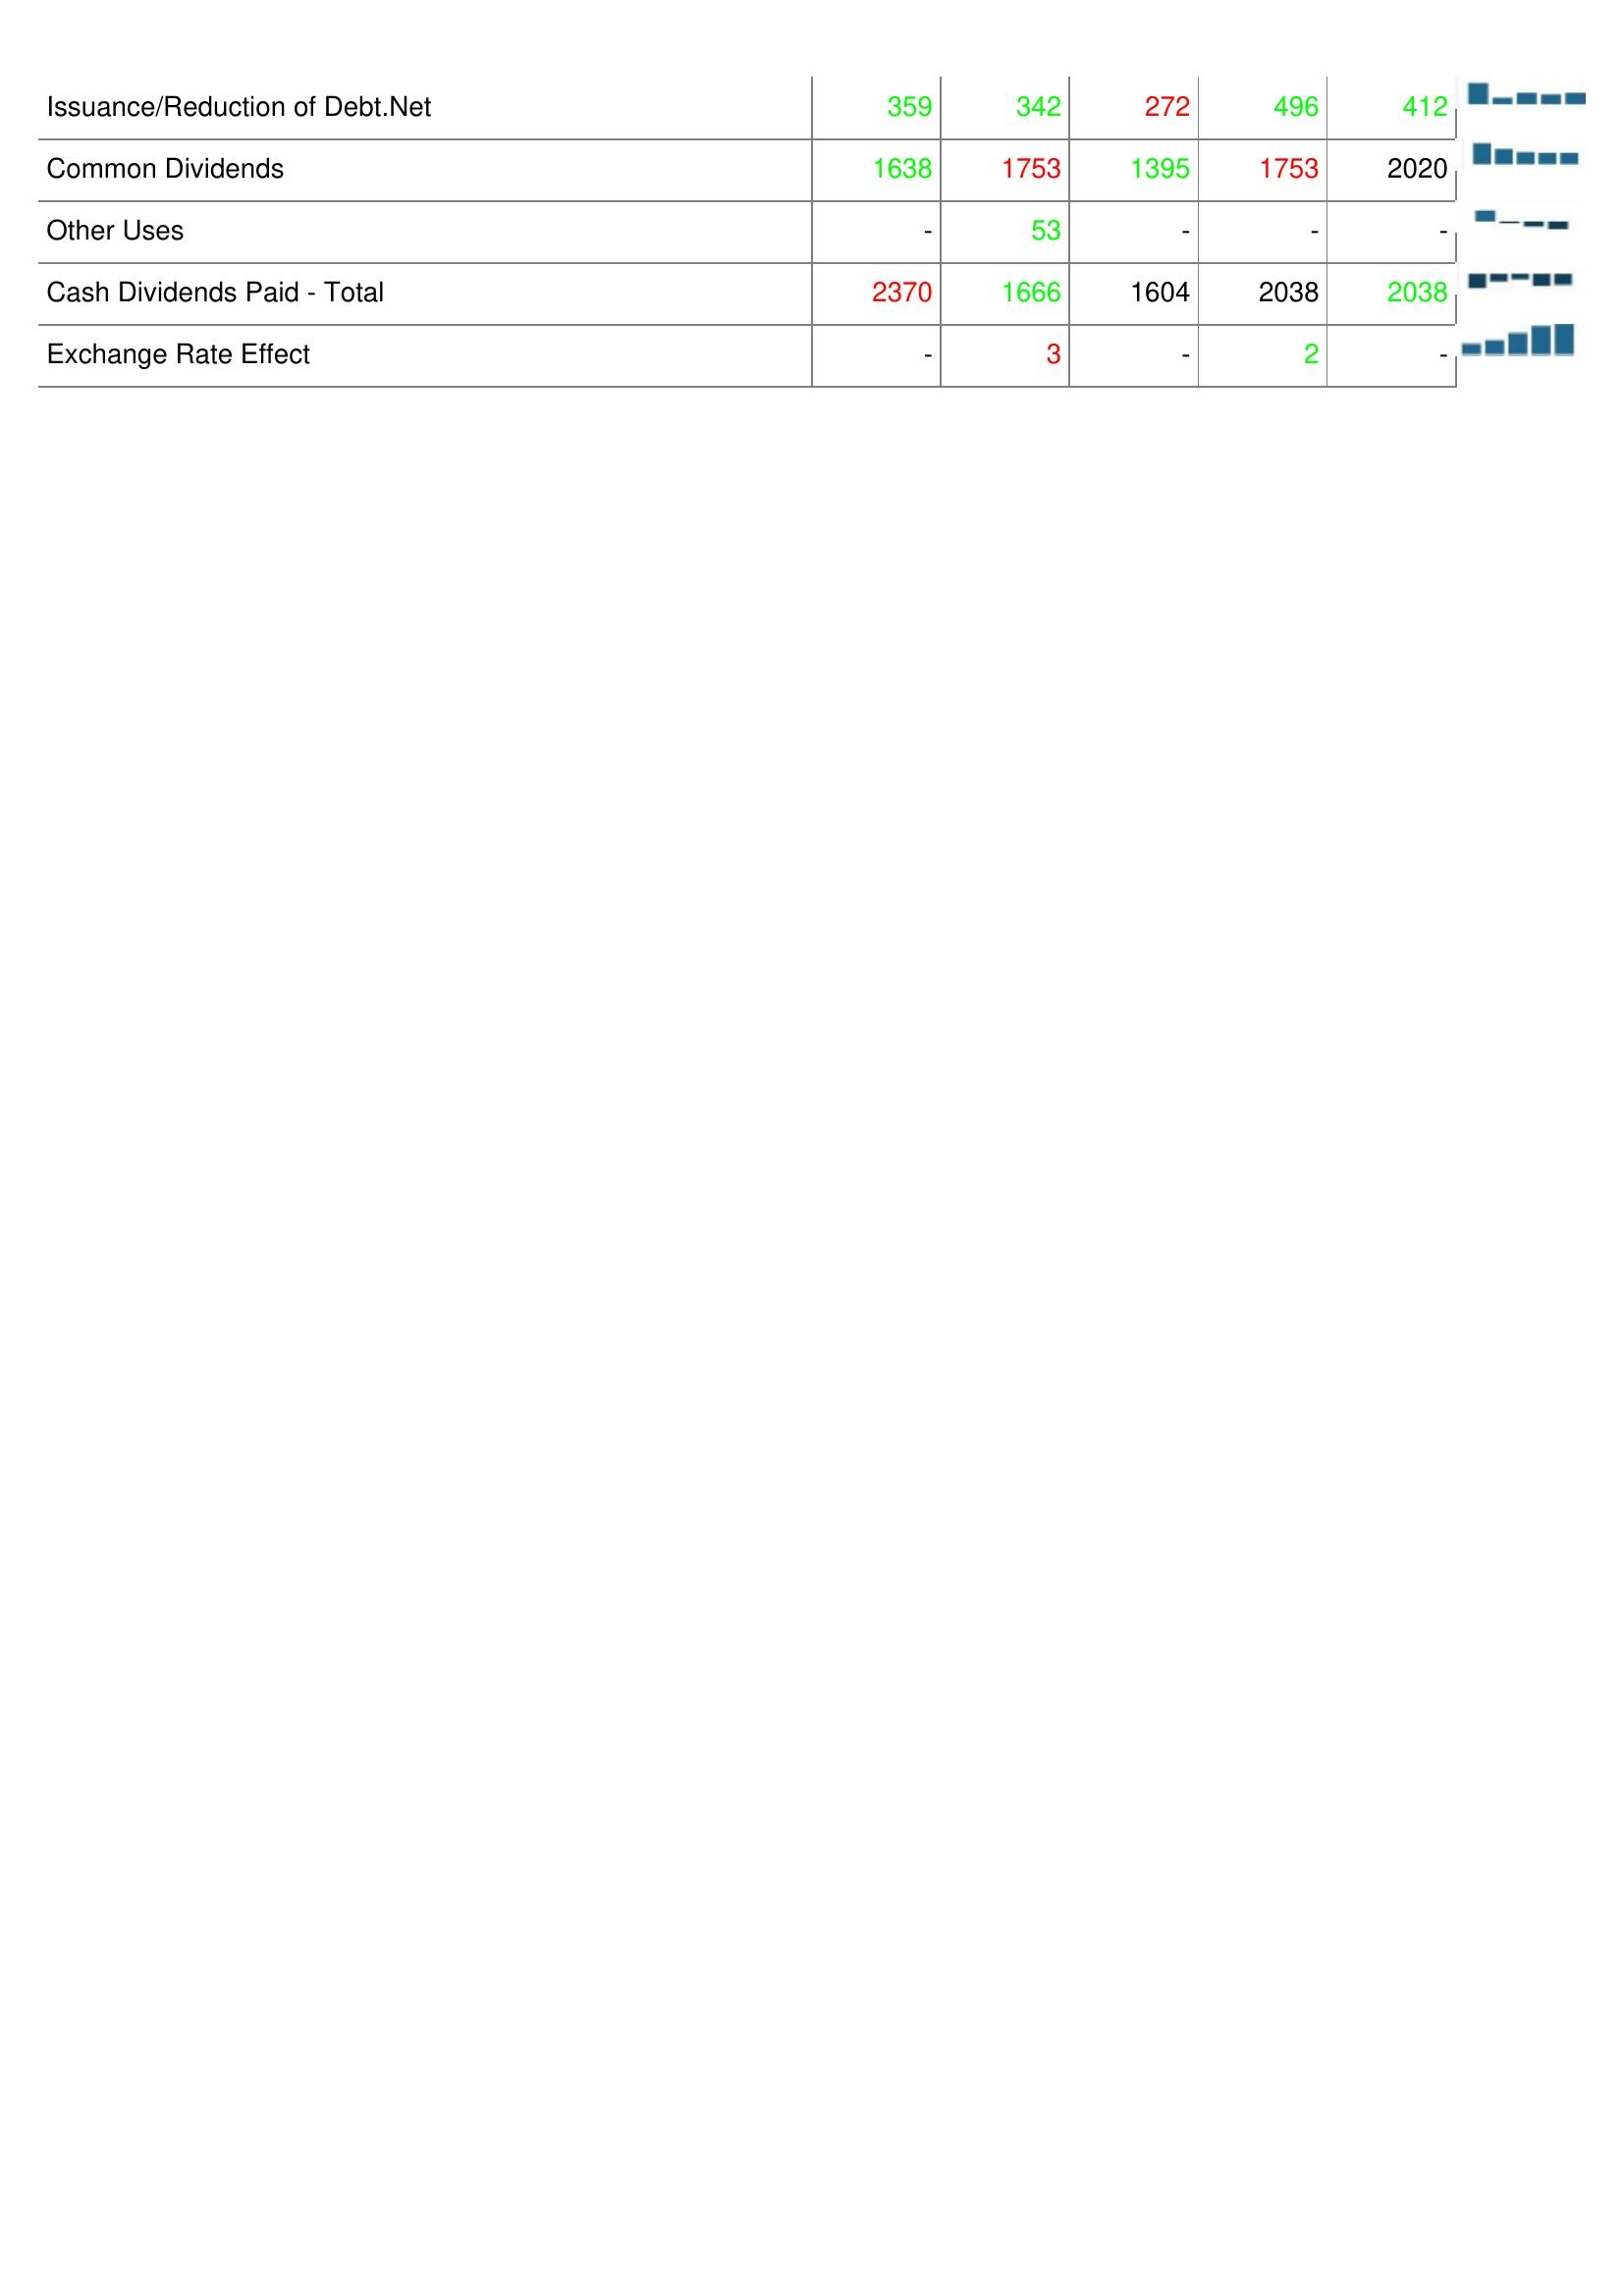
2017: Financing Activities: Issuance/Reduction of Debt.Net: 359
Common Dividends: 1638
Other Uses: -
Cash Dividends Paid - Total: 2370
Exchange Rate Effect: -
2018: Financing Activities: Issuance/Reduction of Debt.Net: 342
Common Dividends: 1753
Other Uses: 53
Cash Dividends Paid - Total: 1666
Exchange Rate Effect: 3
2019: Financing Activities: Issuance/Reduction of Debt.Net: 272
Common Dividends: 1395
Other Uses: -
Cash Dividends Paid - Total: 1604
Exchange Rate Effect: -
2020: Financing Activities: Issuance/Reduction of Debt.Net: 496
Common Dividends: 1753
Other Uses: -
Cash Dividends Paid - Total: 2038
Exchange Rate Effect: 2
2021: Financing Activities: Issuance/Reduction of Debt.Net: 412
Common Dividends: 2020
Other Uses: -
Cash Dividends Paid - Total: 2038
Exchange Rate Effect: -